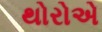
થોરોએ